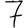
Digit: 7